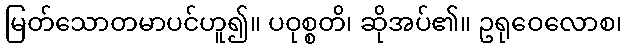
မြတ်သောတမာပင်ဟူ၍။ ပဝုစ္စတိ၊ ဆိုအပ်၏။ ဥရုဝေလောစ၊